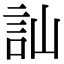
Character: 訕